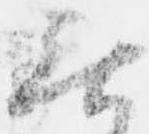
無